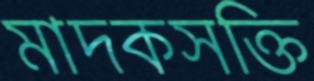
মাদকসক্তি